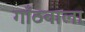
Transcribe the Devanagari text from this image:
गाँठवाला